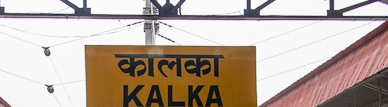
Language: hindi
Transcription: कालका